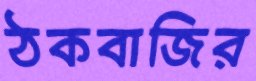
ঠকবাজির